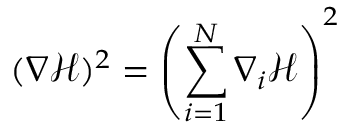
( \nabla \mathcal { H } ) ^ { 2 } = \left( \sum _ { i = 1 } ^ { N } \nabla _ { i } \mathcal { H } \right) ^ { 2 }